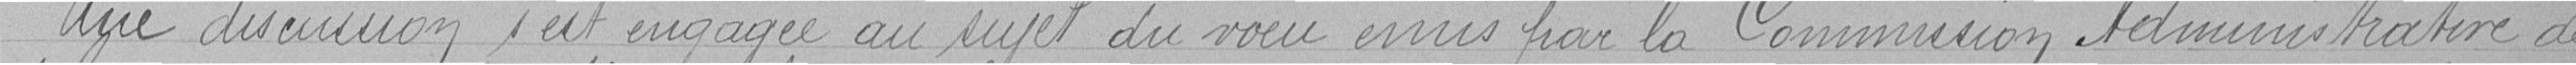
Une discussion s'est engagée au sujet du voeu émis par la Commission Administrative de